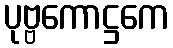
ပုဗ္ဗကောဋ္ဌကေ